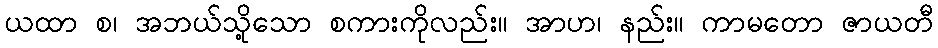
ယထာ စ၊ အဘယ်သို့သော စကားကိုလည်း။ အာဟ၊ နည်း။ ကာမတော ဇာယတီ